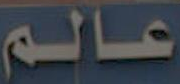
عالم